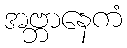
အဗ္ဘာနေကံ